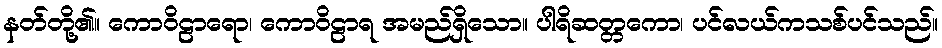
နတ်တို့၏။ ကောဝိဠာရော၊ ကောဝိဠာရ အမည်ရှိသော။ ပါရိဆတ္တကော၊ ပင်လယ်ကသစ်ပင်သည်။